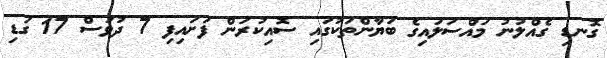
ގޮނޑި ގެއްލުނު މައްސަލައިގެ ބަޔާންތަކުގައި ސޮއިކުރަން ފަށައިފި 7 ދުވަސް 17 ގަޑި